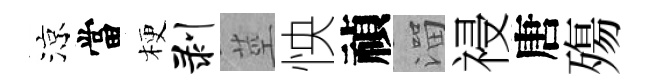
涼當梗剥莖怏禎溜祲唐殤